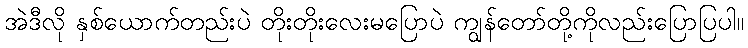
အဲဒီလို နှစ်ယောက်တည်းပဲ တိုးတိုးလေးမပြောပဲ ကျွန်တော်တို့ကိုလည်းပြောပြပါ။